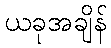
ယခုအချိန်